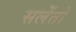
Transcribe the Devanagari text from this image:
सलेंतो